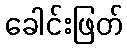
ခေါင်းဖြတ်